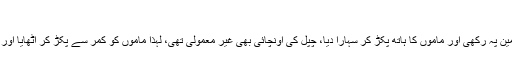
‘‘
بھانجے نے چپل زمین پہ رکھی اور ماموں کا ہاتھ پکڑ کر سہارا دیا، چپل کی اونچائی بھی غیر معمولی تھی، لہٰذا ماموں کو کمر سے پکڑ کر اُٹھایا اور چپل پر کھڑا کردیا۔